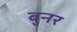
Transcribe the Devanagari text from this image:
बुनर